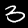
Digit: 3